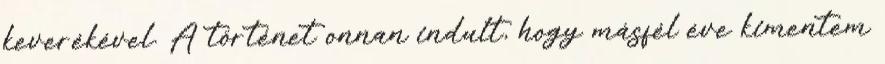
keverékével. A történet onnan indult, hogy másfél éve kimentem